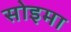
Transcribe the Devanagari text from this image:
सोइमा